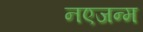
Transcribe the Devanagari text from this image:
नएजन्म